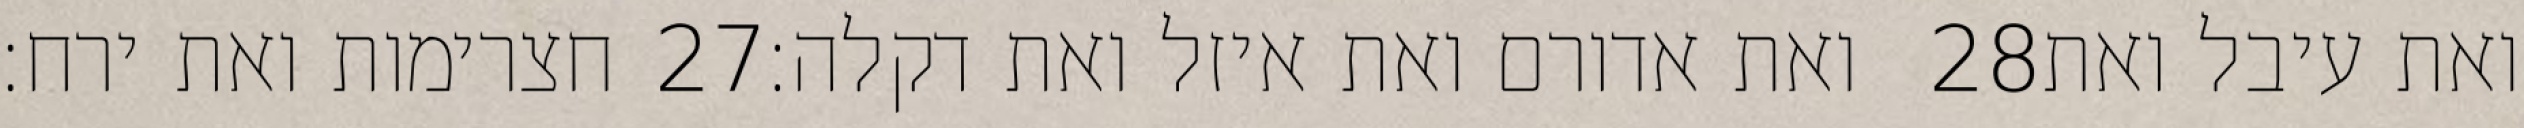
חצרימות ואת ירח׃ ‎27‏ ואת אדורם ואת איזל ואת דקלה׃ ‎28‏ ואת עיבל ואת